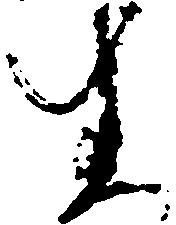
生